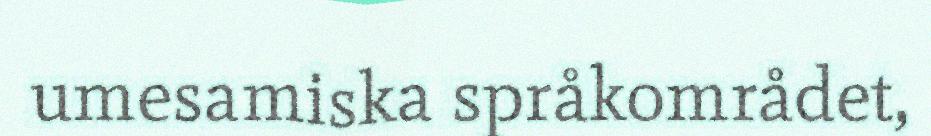
umesamiska språkområdet,